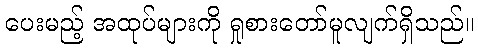
ပေးမည့် အထုပ်များကို ရှုစားတော်မူလျက်ရှိသည်။